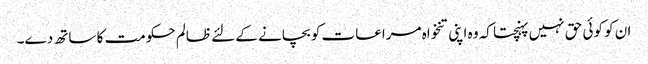
ان کو کوئی حق نہیں پہنچتا کہ وہ اپنی تنخواہ مراعات کو بچانے کے لئے ظالم حکومت کا ساتھ دے۔